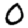
Digit: 0